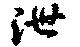
泄